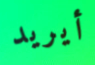
أيريد